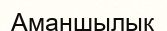
Аманшылық